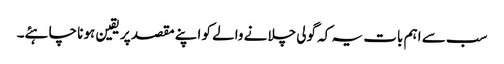
سب سے اہم بات یہ کہ گولی چلانے والے کو اپنے مقصد پر یقین ہونا چاہئے۔